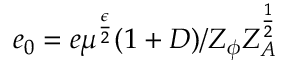
e _ { 0 } = e \mu ^ { \frac { \epsilon } { 2 } } ( 1 + D ) / Z _ { \phi } Z _ { A } ^ { \frac { 1 } { 2 } }